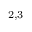
^ { 2 , 3 }